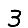
Digit: 3